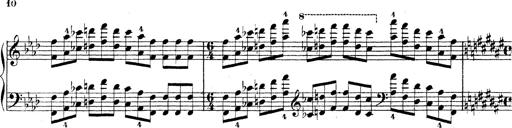
Title: Technische Studien
Composer: Franz Liszt